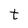
Character: t